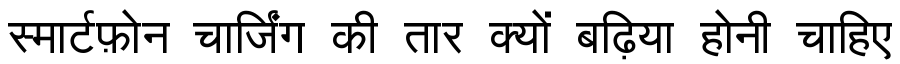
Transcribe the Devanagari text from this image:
स्मार्टफ़ोन चार्जिंग की तार क्यों बढ़िया होनी चाहिए